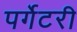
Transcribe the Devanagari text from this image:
पर्गेटरी